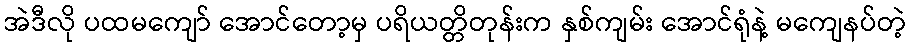
အဲဒီလို ပထမကျော် အောင်တော့မှ ပရိယတ္တိတုန်းက နှစ်ကျမ်း အောင်ရုံနဲ့ မကျေနပ်တဲ့